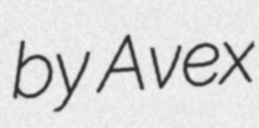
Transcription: by Avex